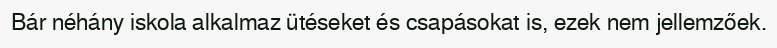
Bár néhány iskola alkalmaz ütéseket és csapásokat is, ezek nem jellemzőek.